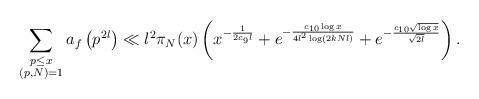
LaTeX: \begin{align*} \sum_{\substack{p \leq x \\ (p,N) = 1}}a_f\left(p^{2l}\right) \ll l^{2}\pi_N(x) \left( x^{- \frac{1}{2 c_{9}l}} + e^{- \frac{c_{10} \log x}{4l^{2} \log (2kNl)}} + e^{- \frac{c_{10} \sqrt{\log x}}{\sqrt{2l}}} \right ). \end{align*}